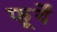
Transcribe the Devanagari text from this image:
फूर्यें